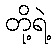
တို့ရဲ့